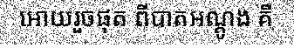
អោយរួចផុត ពីបាតអណ្តូង គឺ